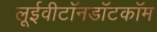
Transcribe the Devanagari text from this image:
लूईवीटॉनडॉटकॉम